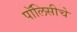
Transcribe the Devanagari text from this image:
पॉलिसीचे